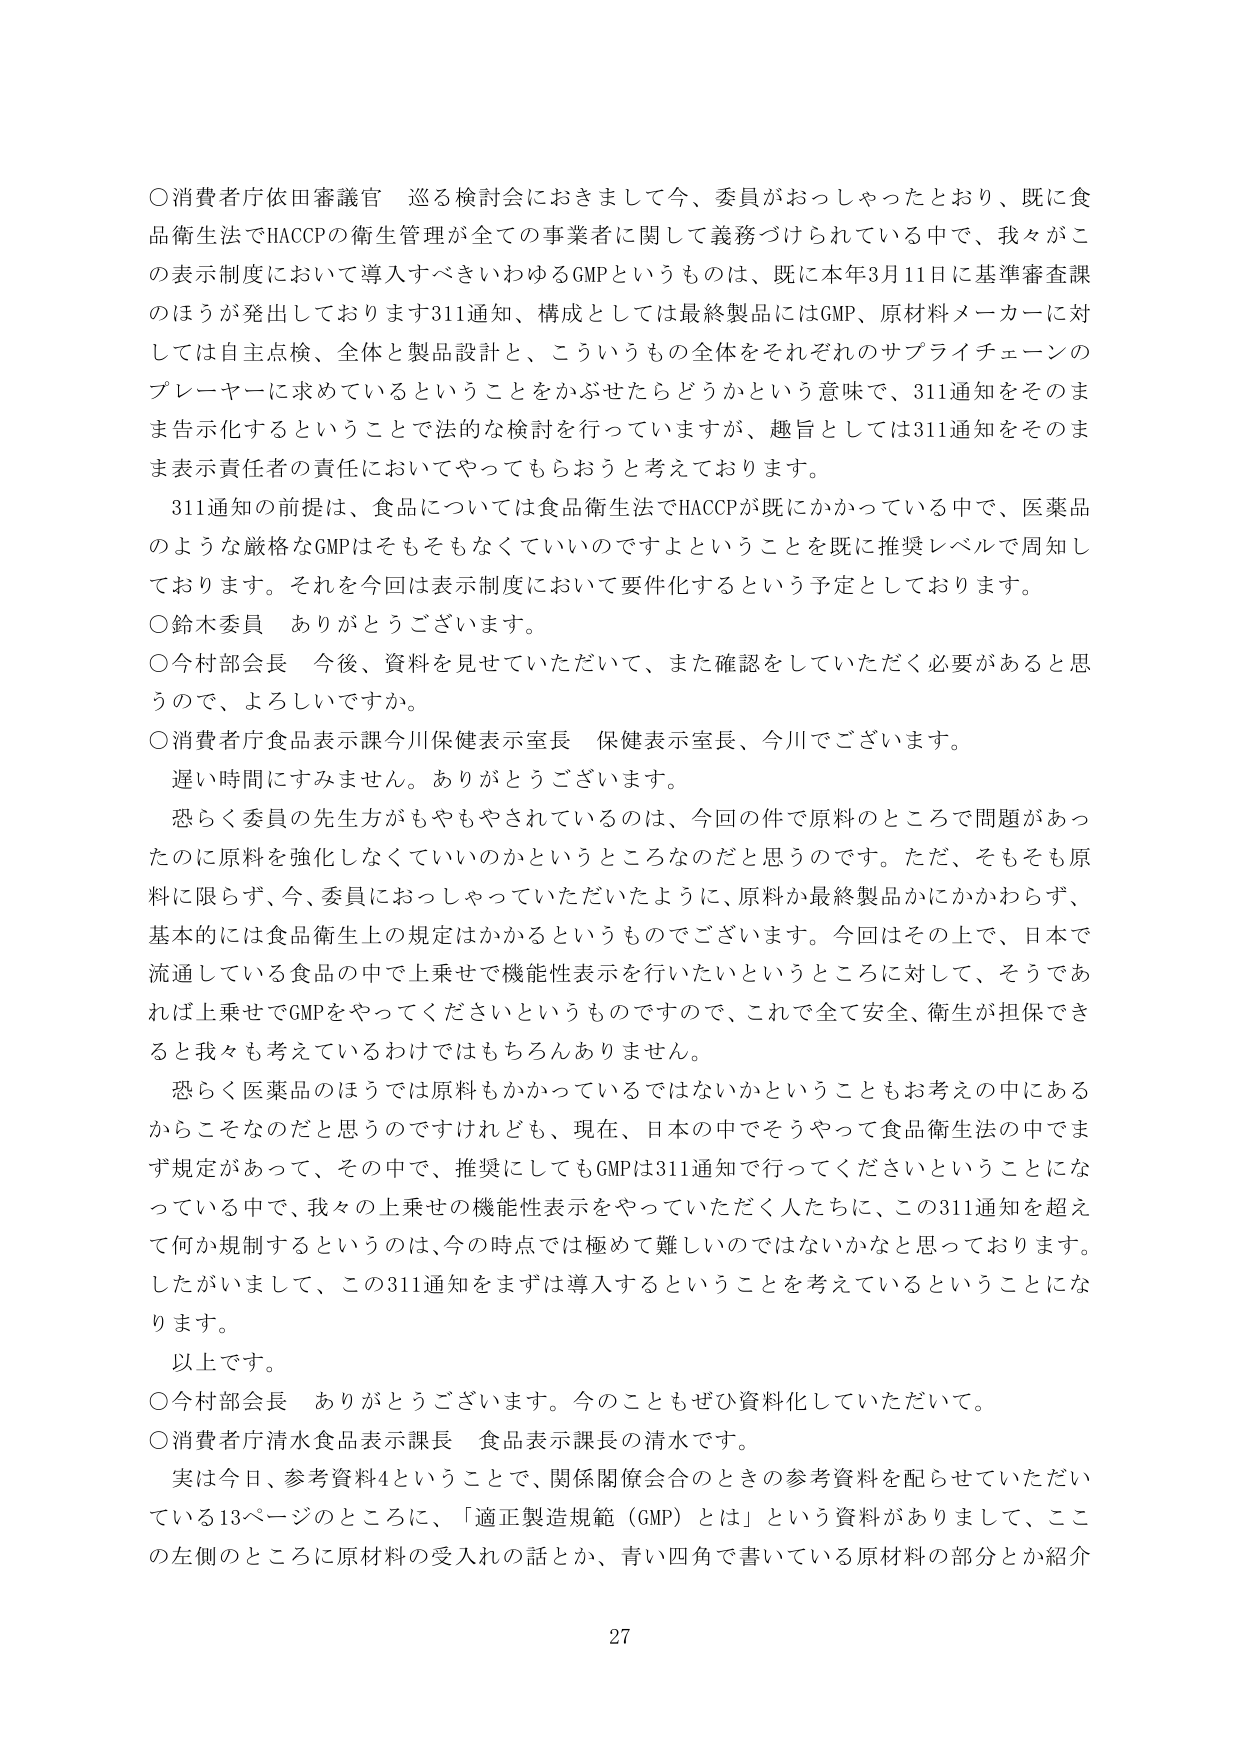
○消費者庁依田審議官　巡る検討会におきまして今、委員がおっしゃったとおり、既に食品衛生法でHACCPの衛生管理が全ての事業者に関して義務づけられている中で、我々がこの表示制度において導入すべきいわゆるGMPというものは、既に本年3月11日に基準審査課のほうが発出しております311通知、構成としては最終製品にはGMP、原材料メーカーに対しては自主点検、全体と製品設計と、こういうもの全体をそれぞれのサプライチェーンのプレーヤーに求めているということをかぶせたらどうかという意味で、311通知をそのまま告示化するということで法的な検討を行っていますが、趣旨としては311通知をそのまま表示責任者の責任においてやってもらおうと考えております。

　311通知の前提は、食品については食品衛生法でHACCPが既にかかっている中で、医薬品のような厳格なGMPはそもそもなくていいのですよということを既に推奨レベルで周知しております。それを今回は表示制度において要件化するという予定としております。

○鈴木委員　ありがとうございます。

○今村部会長　今後、資料を見せていただいて、また確認をしていただく必要があると思うので、よろしいですか。

○消費者庁食品表示課今川保健表示室長　保健表示室長、今川でございます。

　遅い時間にすみません。ありがとうございます。

　恐らく委員の先生方がもやもやされているのは、今回の件で原料のところで問題があったのに原料を強化しなくていいのかというところなのだと思うのです。ただ、そもそも原料に限らず、今、委員におっしゃっていただいたように、原料か最終製品かにかかわらず、基本的には食品衛生上の規定はかかるというものです。今回はその上で、日本で流通している食品の中で上乗せで機能性表示を行いたいというところに対して、そうであれば上乗せでGMPをやってくださいというもので、これで全て安全、衛生が担保できると我々も考えているわけではもちろんありません。

　恐らく医薬品のほうでは原料もかかっているではないかということもお考えの中にあるからこそなのだと思うのですけれども、現在、日本の中でそうやって食品衛生法の中でまず規定があって、その中で、推奨にしてもGMPは311通知で行ってくださいということになっている中で、我々の上乗せの機能性表示をやっていただく人たちに、この311通知を超えて何か規制するというのは、今の時点では極めて難しいではないかなと思っております。したがいまして、この311通知をまずは導入するということを考えているということになります。

　以上です。

○今村部会長　ありがとうございます。今のこともぜひ資料化していただいて。

○消費者庁清水食品表示課長　食品表示課長の清水です。

　実は今日、参考資料4ということで、関係関係会合のときの参考資料を配らせていただいている13ページのところに、「適正製造規範（GMP）とは」という資料がありまして、ここの左側のところに原材料の受入れの話とか、青い四角で書いている原材料の部分とか紹介

27